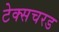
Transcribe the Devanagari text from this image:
टेक्सचरड